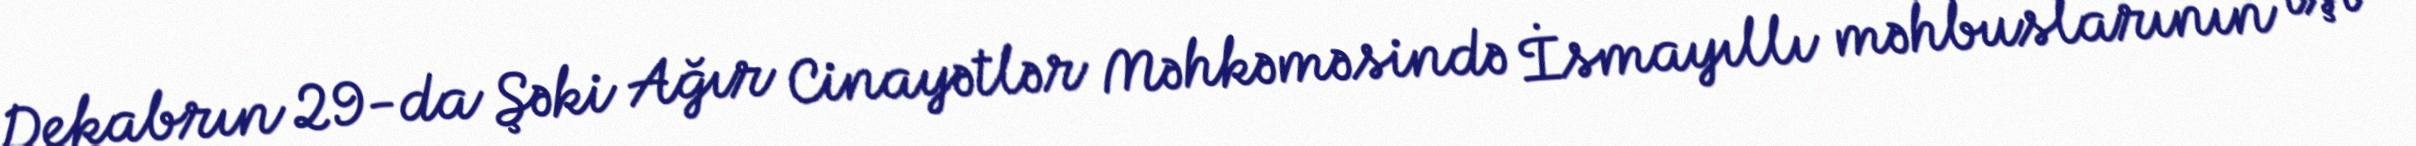
Dekabrın 29-da Şəki Ağır Cinayətlər Məhkəməsində İsmayıllı məhbuslarının işi